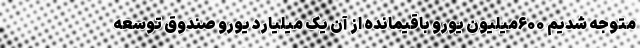
متوجه شدیم ۶۰۰میلیون یورو باقیمانده از آن یک میلیارد یورو صندوق توسعه